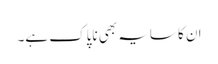
ان کا سایہ بھی ناپاک ہے۔